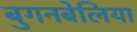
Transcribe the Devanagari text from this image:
बुगनबेलिया